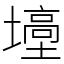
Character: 㙵